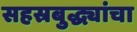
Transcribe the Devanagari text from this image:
सहस्रबुद्ध्यांचा